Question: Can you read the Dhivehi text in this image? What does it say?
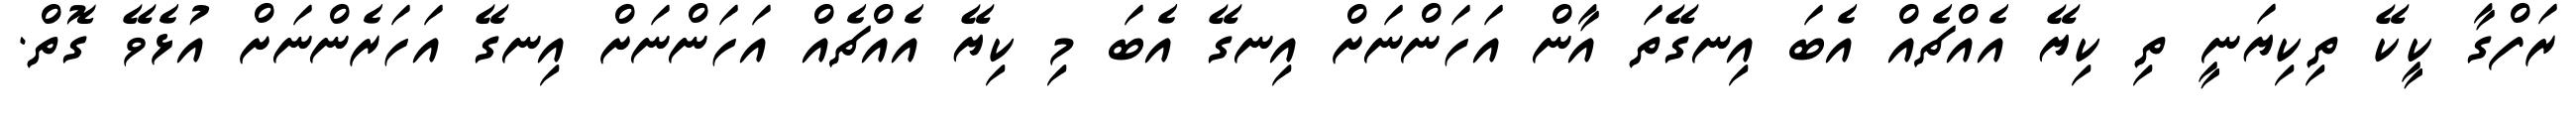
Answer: ރަފްގާ ކީކޭ ތިކިޔަނީ ތި ކިޔޭ އެއްޗެއް އެބަ އިނގޭތަ އާން އަހަންނަށް އިނގޭ އެބަ މި ކިޔޭ އެއްޗެއް އަހަންނަށް އިނގޭ އަހަރެންނަށް އުޅެވޭ ގޮތް.